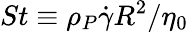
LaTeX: St\equiv\rho_{P}\dot{\gamma}R^{2}/\eta_{0}